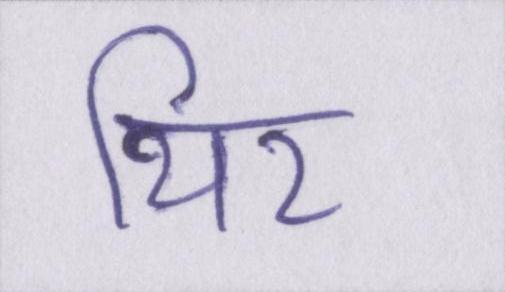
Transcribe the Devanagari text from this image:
थिर